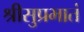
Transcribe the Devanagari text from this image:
श्रीसुप्रभातं